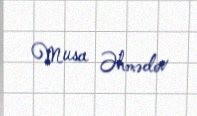
Musa Əhmədov